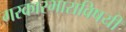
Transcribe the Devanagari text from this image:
गरकारभाराविषयी